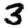
Digit: 3